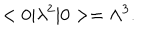
LaTeX: < 0 | \lambda ^ { 2 } | 0 > = \Lambda ^ { 3 } .